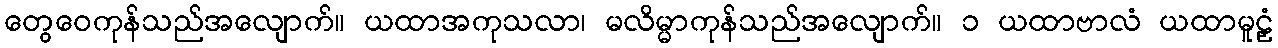
တွေဝေကုန်သည်အလျောက်။ ယထာအကုသလာ၊ မလိမ္မာကုန်သည်အလျောက်။ ၁ ယထာဗာလံ ယထာမူဠှံ